On the morphology, teratology, and diclinism of the flowers of cannabis - Number 12
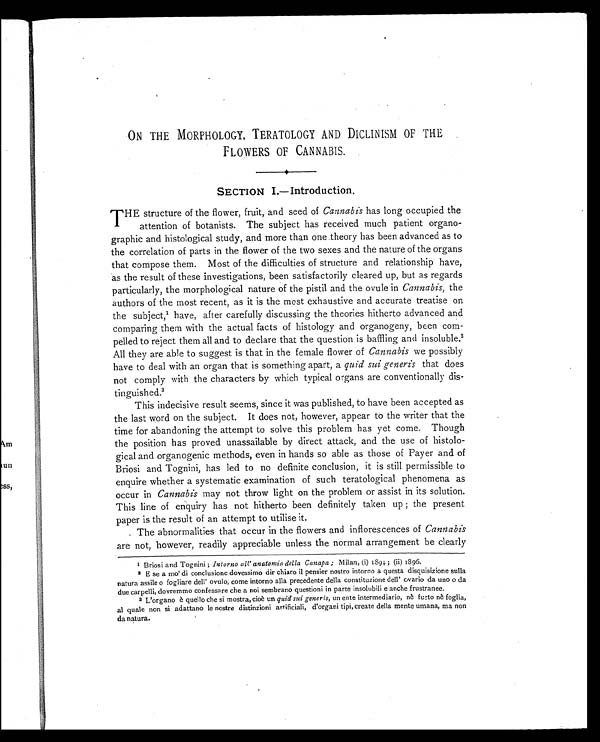
ON THE MORPHOLOGY, TERATOLOGY AND DICLINISM OF THE
FLOWERS OF CANNABIS.
SECTION I.—Introduction.
T HE structure of the flower, fruit, and seed of Cannabis has long occupied the
attention of botanists. The subject has received much patient organo-
graphic and histological study, and more than one theory has been advanced as to
the correlation of parts in the flower of the two sexes and the nature of the organs
that compose them. Most of the difficulties of structure and relationship have,
as the result of these investigations, been satisfactorily cleared up, but as regards
particularly, the morphological nature of the pistil and the ovule in Cannabis, the
authors of the most recent, as it is the most exhaustive and accurate treatise on
the subject,1have, after carefully discussing the theories hitherto advanced and
comparing them with the actual facts of histology and organogeny, been com-
pelled to reject them all and to declare that the question is baffling and insoluble.2
All they are able to suggest is that in the female flower of Cannabis we possibly
have to deal with an organ that is something apart, a quid sui generis that does
not comply with the characters by which typical organs are conventionally dis-
tinguished.3
This indecisive result seems, since it was published, to have been accepted as
the last word on the subject. It does not, however, appear to the writer that the
time for abandoning the attempt to solve this problem has yet come. Though
the position has proved unassailable by direct attack, and the use of histolo-
gical and organogenic methods, even in hands so able as those of Payer and of
Briosi and Tognini, has led to no definite conclusion, it is still permissible to
enquire whether a systematic examination of such teratological phenomena as
occur in Cannabis may not throw light on the problem or assist in its solution.
This line of enquiry has not hitherto been definitely taken up ; the present
paper is the result of an attempt to utilise it.
The abnormalities that occur in the flowers and inflorescences of Cannabis
are not, however, readily appreciable unless the normal arrangement be clearly
1Briosi and Tognini ;Intorno all' anatomia della Canapa ;Milan, (i) 1894; (ii) 1896.
2 E se a mo' di conclusione dovessimo dir chiaro il pensier nostro intorno a questa disquisizione sulla
natura assile o fogliare dell' ovulo, come intorno alla precedente della constituzione dell' ovario da uno o da
due carpelli, dovremmo confessare che a noi sembrano questioni in parte insolubili e anche frustranee.
3 L'organo è quello che si mostra, cioè un quid sui generis, un ente intermediario, nè fucto nè foglia,
al quale non si adattano le nostre distinzioni artificiali, d'organi tipi, create della mente umana, ma non
da natura.